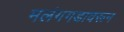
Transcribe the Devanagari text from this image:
मलंगगडावरून